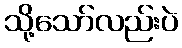
သို့သော်လည်းပဲ